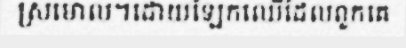
ស្រមោល។ដោយឡែកឈើដែលពួកគេ